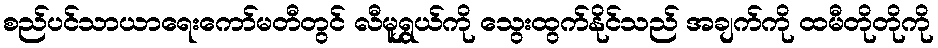
စည်ပင်သာယာရေးကော်မတီတွင် လီမူရွှယ်ကို သွေးထွက်နိုင်သည် အချက်ကို ထမီတိုတိုကို